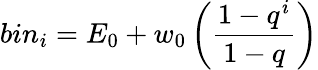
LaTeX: bin_{i}=E_{0}+w_{0}\left(\frac{1-q^{i}}{1-q}\right)